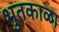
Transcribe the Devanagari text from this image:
भुतकाळा